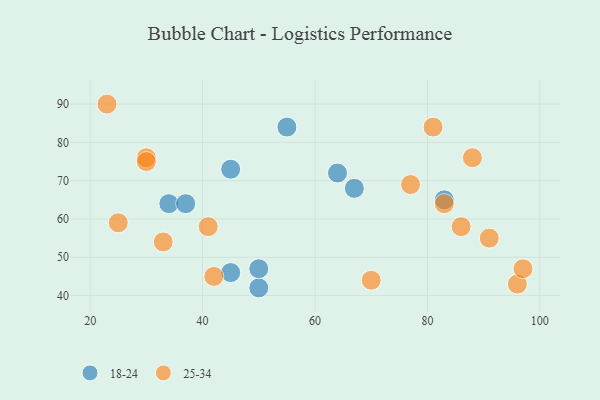
{"axis": {"x": "GDP", "y": "Life Expectancy"}, "legend": ["18-24", "25-34"], "data": [{"x": "45", "y": 73, "type": "18-24"}, {"x": "50", "y": 42, "type": "18-24"}, {"x": "83", "y": 65, "type": "18-24"}, {"x": "45", "y": 46, "type": "18-24"}, {"x": "64", "y": 72, "type": "18-24"}, {"x": "34", "y": 64, "type": "18-24"}, {"x": "50", "y": 47, "type": "18-24"}, {"x": "37", "y": 64, "type": "18-24"}, {"x": "67", "y": 68, "type": "18-24"}, {"x": "55", "y": 84, "type": "18-24"}, {"x": "83", "y": 64, "type": "25-34"}, {"x": "33", "y": 54, "type": "25-34"}, {"x": "96", "y": 43, "type": "25-34"}, {"x": "42", "y": 45, "type": "25-34"}, {"x": "86", "y": 58, "type": "25-34"}, {"x": "30", "y": 76, "type": "25-34"}, {"x": "23", "y": 90, "type": "25-34"}, {"x": "30", "y": 75, "type": "25-34"}, {"x": "88", "y": 76, "type": "25-34"}, {"x": "97", "y": 47, "type": "25-34"}, {"x": "77", "y": 69, "type": "25-34"}, {"x": "41", "y": 58, "type": "25-34"}, {"x": "81", "y": 84, "type": "25-34"}, {"x": "25", "y": 59, "type": "25-34"}, {"x": "91", "y": 55, "type": "25-34"}, {"x": "70", "y": 44, "type": "25-34"}]}